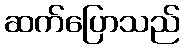
ဆက်ပြောသည်